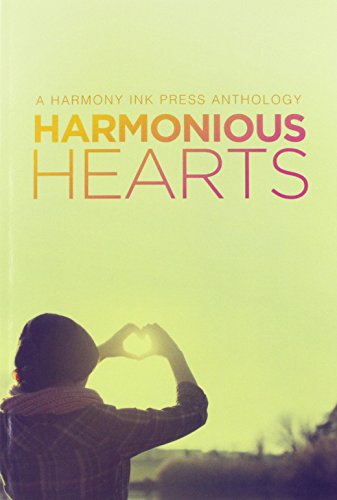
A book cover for Harmonious Hearts; Teen & Young Adult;